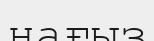
ңағыз